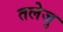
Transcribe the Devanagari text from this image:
तलेजु